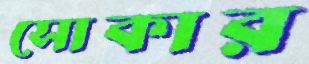
সোকার